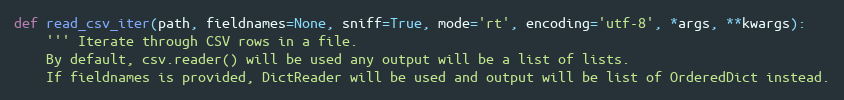
Language: Python
def read_csv_iter(path, fieldnames=None, sniff=True, mode='rt', encoding='utf-8', *args, **kwargs):
    ''' Iterate through CSV rows in a file.
    By default, csv.reader() will be used any output will be a list of lists.
    If fieldnames is provided, DictReader will be used and output will be list of OrderedDict instead.